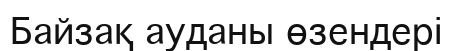
Байзақ ауданы өзендері